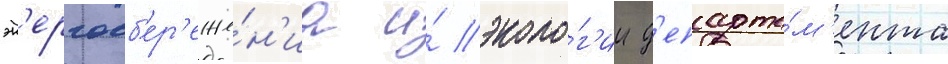
эн'ергосб'ер'еже́н'иа и́ эколо́г'ии д'епарта́м'ента